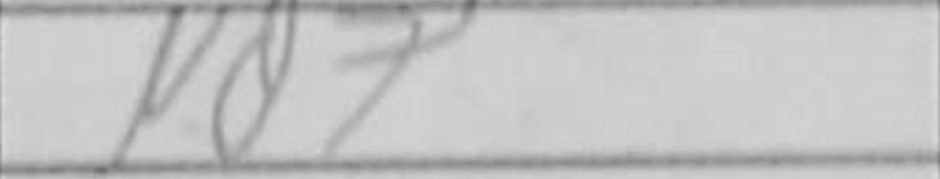
Transcription: Nd7